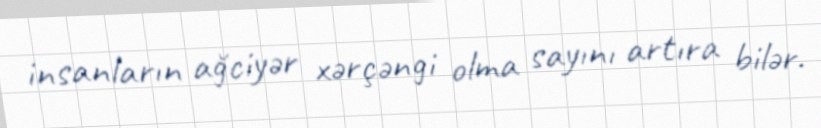
insanların ağciyər xərçəngi olma sayını artıra bilər.